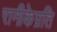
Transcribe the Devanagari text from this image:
रानीकेप्रति